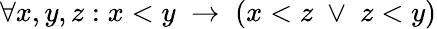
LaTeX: \forall x,y,z:x<y\; \to\; (x<z\; \vee\; z<y)